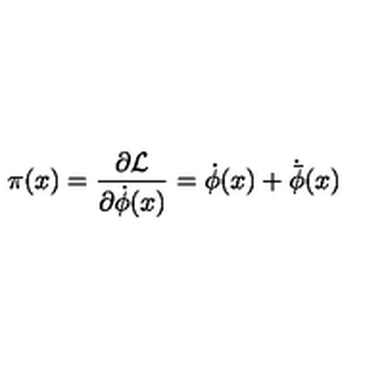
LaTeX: \pi ( x ) = \frac { \partial { \cal L } } { \partial { \dot { \phi } } ( x ) } = { \dot { \phi } } ( x ) + { \dot { \bar { \phi } } } ( x )